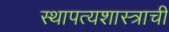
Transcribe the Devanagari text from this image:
स्थापत्यशास्त्राची